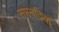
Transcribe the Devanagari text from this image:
सप्तनदियों